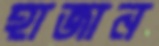
হাজান